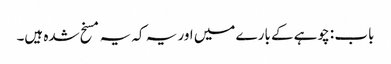
باب : چوہے کے بارے میں اور یہ کہ یہ مسخ شدہ ہیں۔